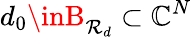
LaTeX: d_{0}\inB_{\mathcal{R}_{d}}\subset\mathbb{{C}}^{N}